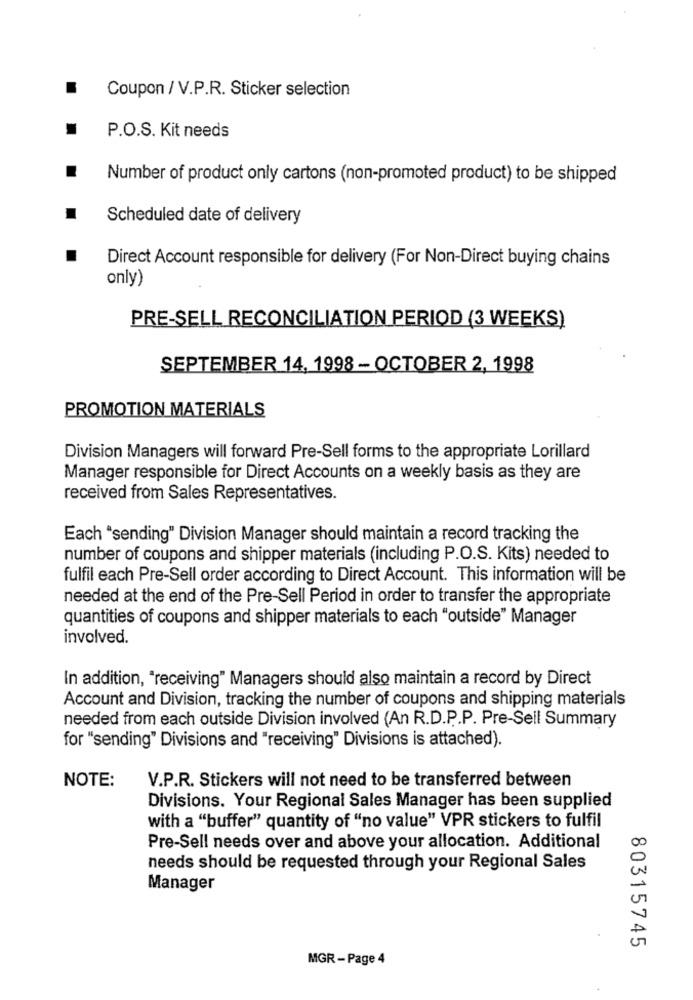
.
Coupon / V.P.R. Sticker selection
P.O.S. Kit needs
Number of product only cartons (non-promoted product) to be shipped
Scheduled date of delivery
Direct Account responsible for delivery (For Non-Direct buying chains
only)
PRE-SELL RECONCILIATION PERIOD (3 WEEKS)
SEPTEMBER 14, 1998 - OCTOBER 2, 1998
PROMOTION MATERIALS
Division Managers will forward Pre-Sell forms to the appropriate Lorillard
Manager responsible for Direct Accounts on a weekly basis as they are
received from Sales Representatives.
Each "sending" Division Manager should maintain a record tracking the
number of coupons and shipper materials (including P.O.S. Kits) needed to
fulfil each Pre-Sell order according to Direct Account. This information will be
needed at the end of the Pre-Sell Period in order to transfer the appropriate
quantities of coupons and shipper materials to each "outside" Manager
involved.
In addition, "receiving" Managers should also maintain a record by Direct
Account and Division, tracking the number of coupons and shipping materials
needed from each outside Division involved (An R.D.P.P. Pre-Seil Summary
for "sending" Divisions and "receiving" Divisions is attached).
NOTE:
V.P.R. Stickers will not need to be transferred between
Divisions. Your Regional Sales Manager has been supplied
with a "buffer" quantity of "no value" VPR stickers to fulfil
Pre-Sell needs over and above your allocation. Additional
needs should be requested through your Regional Sales
Manager
80315745
MGR - Page 4